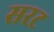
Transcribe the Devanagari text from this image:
सरट